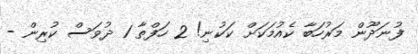
ފުނަދޫން މަރުހަބާ ކެއުމަކަށް ކަކުނި! 2 ހަފްތާ 1 ދުވަސް ކުރިން -